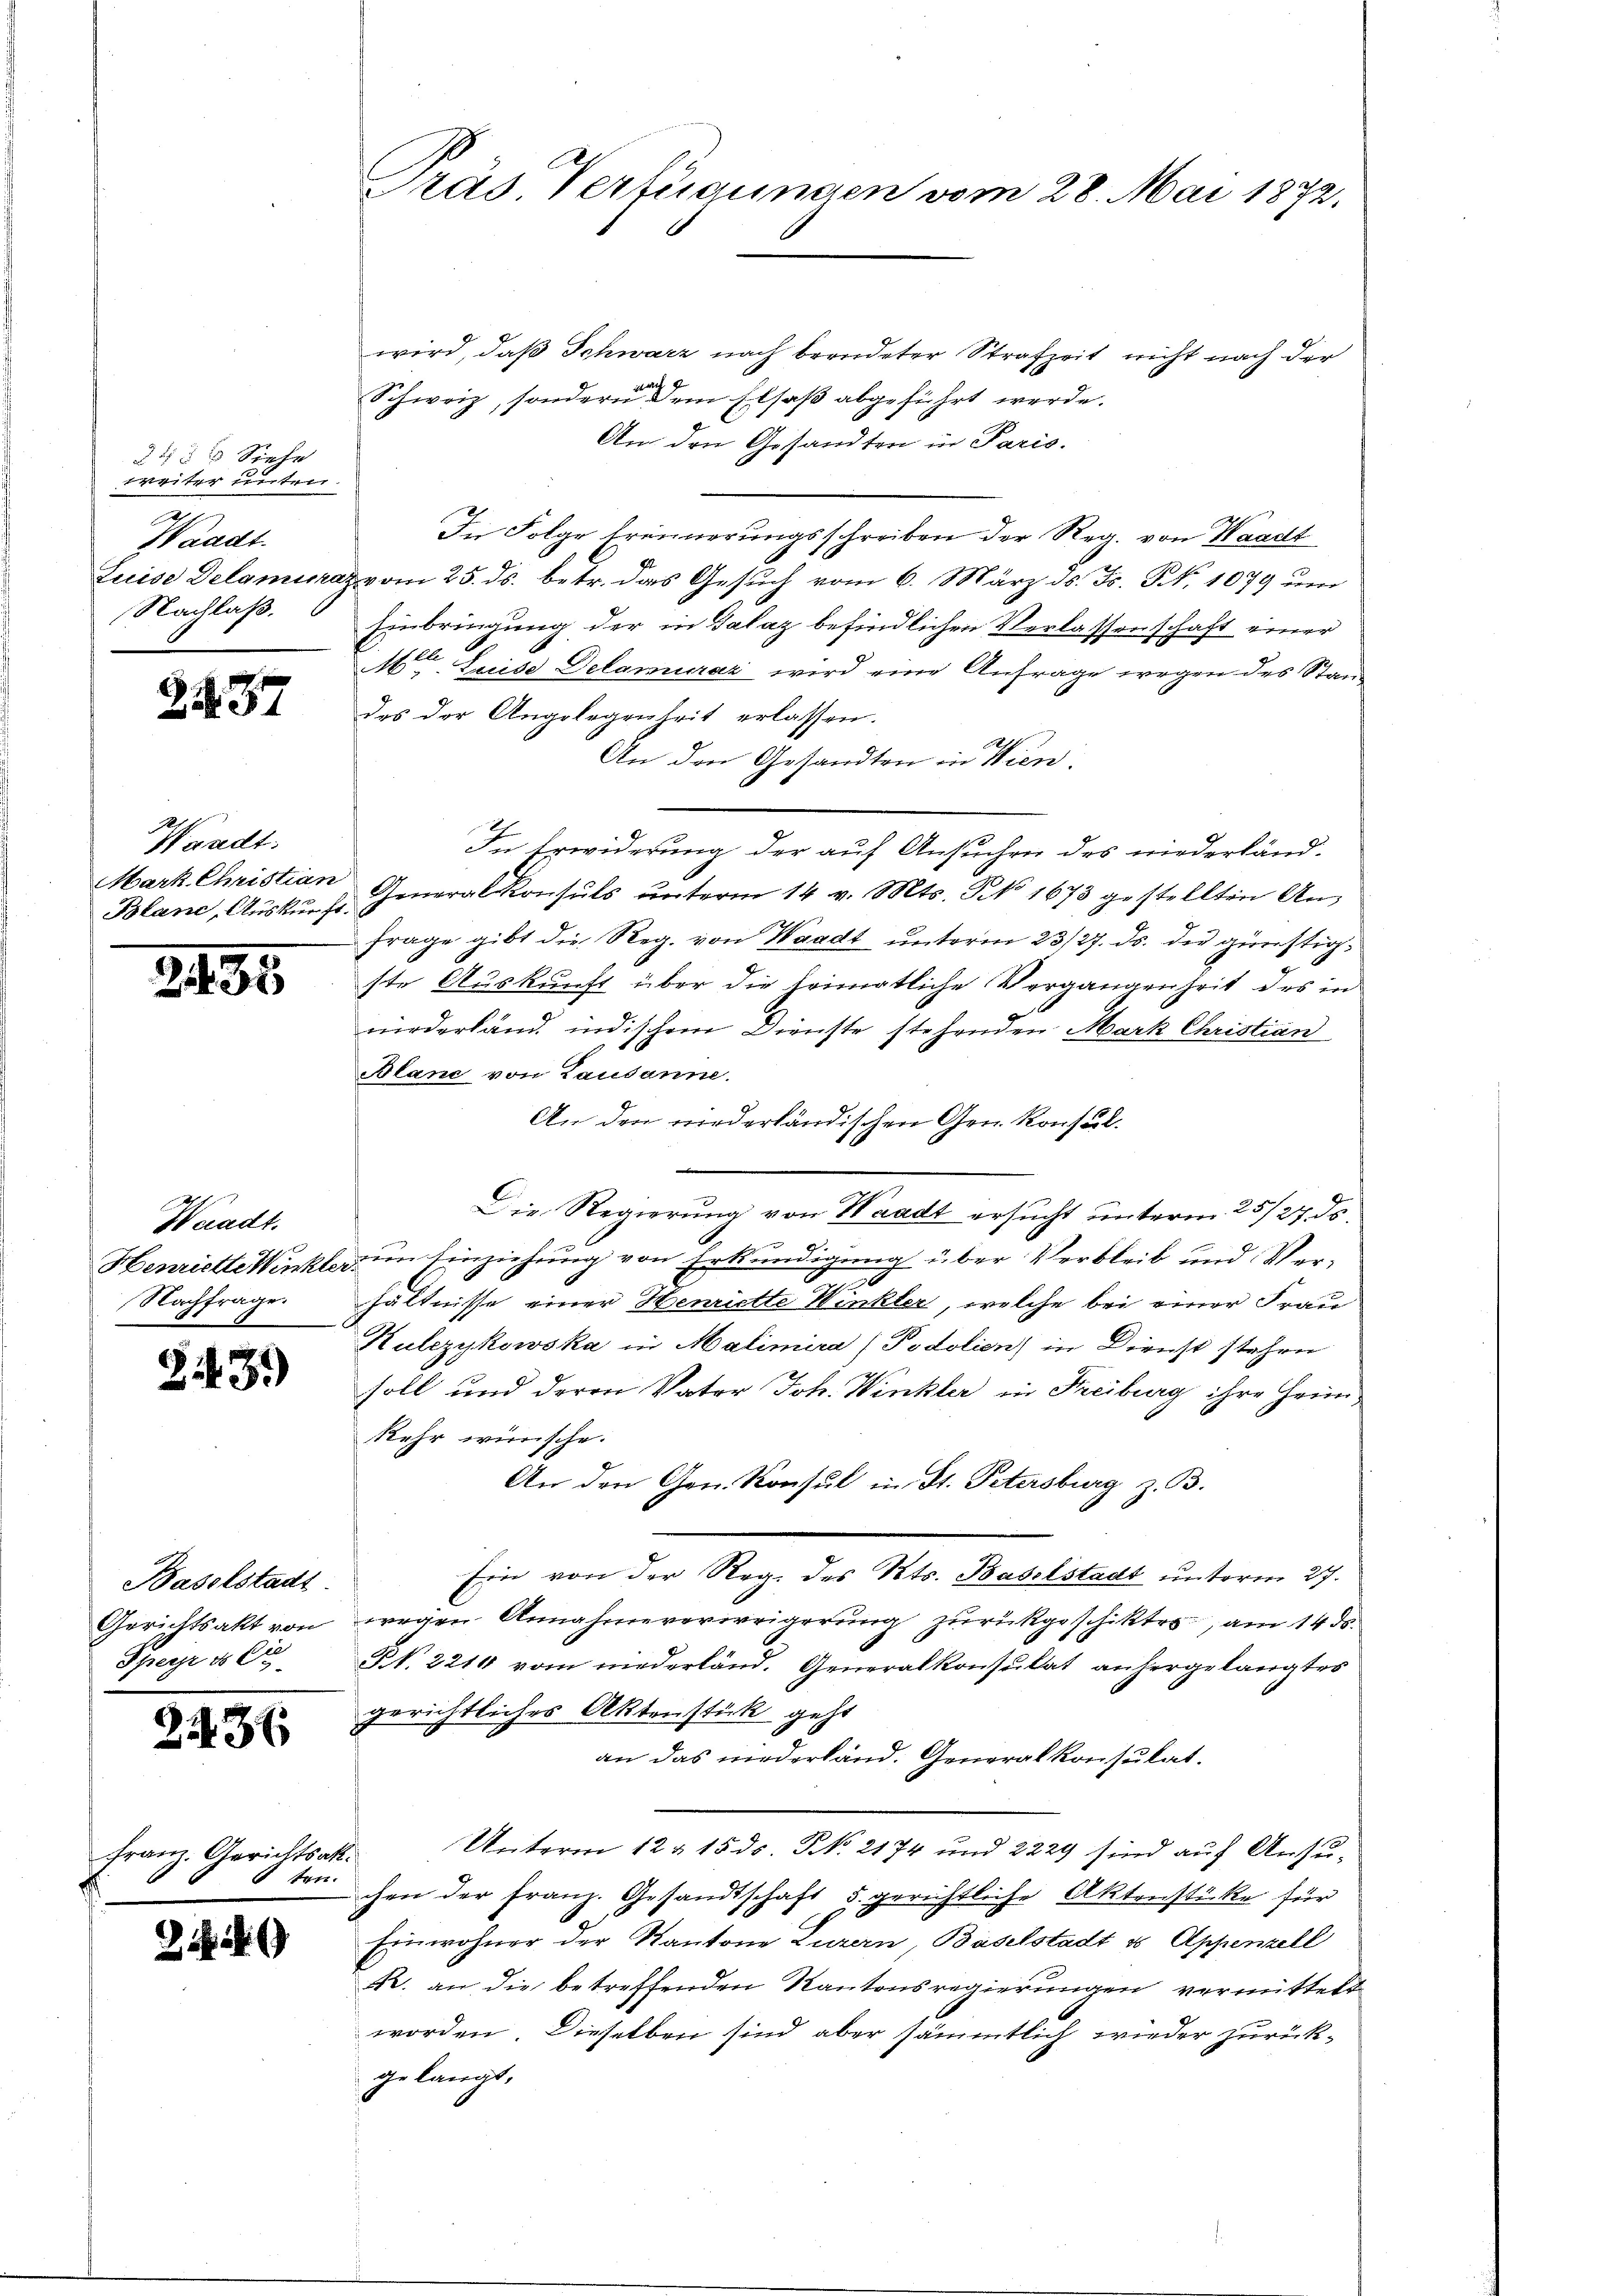
38 § 13 Siehe
iter unter
d
Waadt.
Luise Delamira
Nachlaß.

2237

Waadt:
Mark Christian
Blanc, Auskunf

2.

495

Waadt.
Henriette Winkle
Nachfrage.

343.)

Baselstadt
Gerichtsakt von
Speise es de

2236

Franz. Gerichtsakten.

)

Präs. Verfügungen vom 28. Mai 1872.

wird, daß Schwarz nach beendeter Strafzeit nicht nach der
Schweiz, sondern dem Elsaß abgeführt werde.
Am den Gesandten in Paris.
E
In Folge trennerungsschreiben der Reg. von Waadt
vom 25. ds. betr. das Gesuch vom 6. März ds. Fs. S. 1079 un
Einbringung der in Salaz befindlichen Verlassenschaft einer
Mtt. Luise Delamuraz wird eine Anfrage wegen des Stand
des der Angelegenheit erlassen.
An den Gesandten in Wien
In Erwiderung der auf Ansuchen des wiederländ-
Generalkonsuls ŭnterm 14 v. Mts. § 1673 gestellten An-
Frage gibt die Reg. von Waadt unterm 23/27. ds. die günstigste Auskunft über die heimatliche Vergangenheit des in
niederland, indischem Dienste stehenden Mark Christian
Blane von Lausanne.
An den niederländischen Gen. Konsul¬
Die Regierung von Waadt ersucht unterm 25/27. ds.
im Einziehung von Erkundigung über Verbleib und Verhältnisse einer Henriette Winkler, welche bei einer Frau
Hulezykowska in Malimira (Podolien) in Dienst stehen
soll und deren Vater Joh. Winkler in Freiburg ihre Heimkehr wirsche.
An den Gen. Konsul in St. Petersburg z. B.
Ein von der Reg. des Kts. Baselstadt unterm 27.
wegen Annahmeverweigerung zurückgeschikten, am 14. ds.
Kk. 2216 vom niederland. Generalkonsulat anhergelangtes
gerichtliches Aktenstück geht
an das niederland. Generalkonsulat.
Unterm 12 § 15 ds. No. 2174 und 2229 sind auf Ansuchen der Franz. Gesandtschaft 5. gerichtliche Aktenstücke für
Einwohner der Kantone Luzern, Baselstadt u Appenzell
R. an die betreffenden Kantonsregierungen vermittelt
worden. Dieselben sind aber sämmtlich wieder zurück-
gelangt.